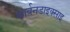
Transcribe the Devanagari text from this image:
कार्बनडाइक्साइ